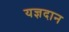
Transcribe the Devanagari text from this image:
यज्ञदान